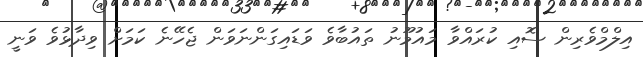
އިލްމްވެރިން ސޮއި ކުރައްވާ މައުމޫނު ތައުބާވެ ވަޑައިގަންނަވަން ޖެހޭނެ ކަމަށް ވިދާޅުވެ ވަނީ